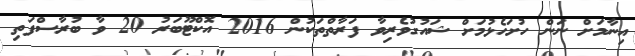
އިނާމަށް ނަން ހުށަހެޅުމަށް ޝައުގުވެރިވާ ފަރާތްތަކުން 2016 އޮކްޓޫބަރު 20 ވާ ބުރާސްފަތި